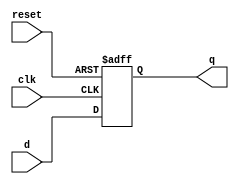
`timescale 1ns / 1ps
//////////////////////////////////////////////////////////////////////////////////
// Company: 
// Engineer: 
// 
// Design Name: 
// Module Name: DFLIPFLOP_ASY
// Project Name: 
// Target Devices: 
// Tool Versions: 
// Description: 
// 
// Dependencies: 
// 
// Revision:
// Revision 0.01 - File Created
// Additional Comments:
// 
//////////////////////////////////////////////////////////////////////////////////


module DFLIPFLOP_ASY(input clk, input d,input reset,output reg q );

always@(posedge clk or posedge  reset) begin
if(reset)begin
   q<=1'b0;
end else begin
   q<=d;
   end 
end
endmodule